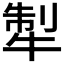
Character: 𤙲